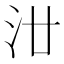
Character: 𣲟